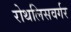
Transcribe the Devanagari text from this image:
रोथलिसवर्गर